Annual administration report of the Civil Veterinary Department of India - 1894-1895
Year: 1894
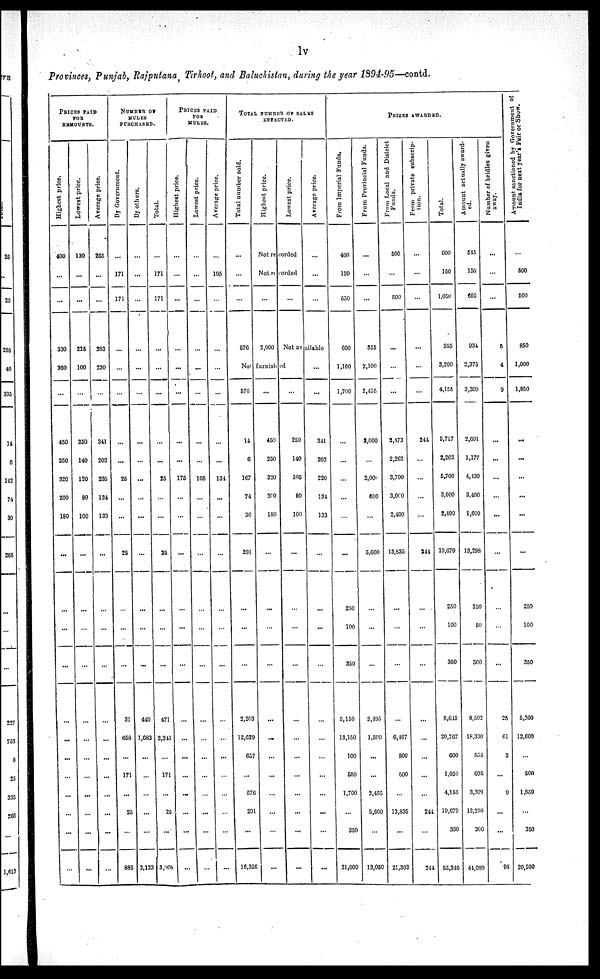
lv
Provinces, Punjab, Rajputana, Tirhoot, and Baluchistan, during the year 1894-95—contd.
PRICES PAID
FOR
REMOUNTS.
Highest price.
400
...
...
330
360
…
450
250
320
200
180
...
…
...
...
…
...
...
...
...
...
...
…
Lowest price.
130
...
...
225
100
...
250
140
120
80
100
...
…
…
...
…
...
...
…
...
...
...
...
Average price.
265
...
...
283
230
…
341
202
235
134
133
...
…
…
...
…
…
...
...
...
...
...
…
NUMBER
OF
MULES
PURCHASED.
By Government.
…
171
171
…
…
…
…
...
25
…
...
25
…
...
...
31
658
...
171
...
25
...
885
By others.
…
…
…
…
…
…
…
…
...
...
...
...
…
...
...
440
1,683
...
…
...
...
…
2,123
Total.
…
171
171
…
...
…
…
...
25
…
...
25
…
...
...
471
2,341
...
171
...
23
...
3,006
PRICES PAID
TOR
MULES.
Highest price.
…
…
…
…
...
...
…
...
175
...
…
...
…
...
...
…
...
...
...
...
...
...
...
Lowest price.
…
…
…
…
...
...
…
…
105
…
…
…
…
…
…
...
…
...
…
…
...
...
. . .
Average price.
…
195
…
…
...
…
…
...
134
...
...
...
…
…
...
…
…
...
...
…
…
…
…
TOTAL NUMBER OF SALES
EFFECTED.
Total number sold.
...
…
…
576
Highest price.
Lowest price.
Not recorded
Not recorded
…
2,000
…
Average price.
…
...
…
Not available
Not
furnished
576
14
6
167
74
30
291
…
…
…
3,203
12,629
657
...
576
291
...
16,356
...
450
250
320
260
180
…
…
…
…
…
...
...
...
…
…
…
...
…
250
140
105
80
100
...
…
…
...
…
…
...
...
…
...
...
...
…
...
341
202
220
134
133
...
…
...
…
…
…
...
…
…
...
…
...
PRIZES
AWARDED.
From Imperial Funds.
400
150
550
600
1,100
1,700
...
…
…
...
…
...
250
100
350
5,150
13,150
100
550
1,700
…
350
21,000
From Provincial Funds.
…
…
…
355
2,100
2,455
3,000
…
2,000
600
…
5,600
…
...
…
3,495
1,500
...
...
2,455
5,600
…
13,050
From Local and District
Funds.
500
…
500
…
…
...
2,473
2,262
3,700
3,000
2,400
13,835
…
…
…
…
6,467
500
500
…
13,835
...
21,302
From private subscrip-
tion.
…
…
…
…
…
…
244
…
…
...
...
244
…
…
…
…
…
…
…
...
244
…
244
Total.
900
150
1,050
955
3,200
4,155
5,717
2,262
5,700
3,600
2,400
19,679
250
100
350
8,645
20,767
600
1,050
4,155
19,679
350
55,246
Amount actually award-
ed.
545
150
695
934
2,375
3,309
2,691
1,177
4,430
3,400
1,600
13,298
250
50
300
8,502
18,330
555
695
3,309
13,298
300
44,989
Number of bridles given
away.
…
…
…
5
4
9
…
...
…
…
...
...
…
…
...
25
61
3
...
9
…
...
98
A
mount sanctioned by Gover
India for next y e a r ' s Fai r or Show.
600
500
850
1,000
1,860
…
...
...
...
...
...
250
100
350
6,200
12,600
…
500
1,850
…
350
20,500